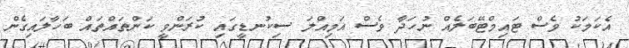
އެކަމަކު ވެސް ޓައިމްޓޭބަލެއް ނުހަދާ ވެސް އަމިއްލަ ސިކުނޑީގައި ކުރަންވީ ކަންތައްތައް ބަހާލައިގެން